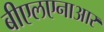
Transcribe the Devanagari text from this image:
बीएलएनाआर